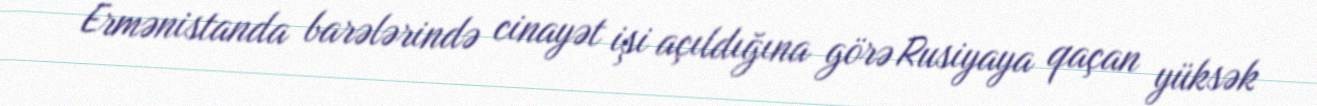
Ermənistanda barələrində cinayət işi açıldığına görə Rusiyaya qaçan yüksək